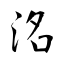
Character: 洺